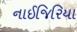
નાઈજિરિયા